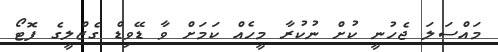
މައްސަލަ ޖެހުނީ ކުށް ނުކުރާ މީހެއް ކަމަށް ވާ ޑޭވިޑް ގެޒްލީގެ ފޮޓޯ